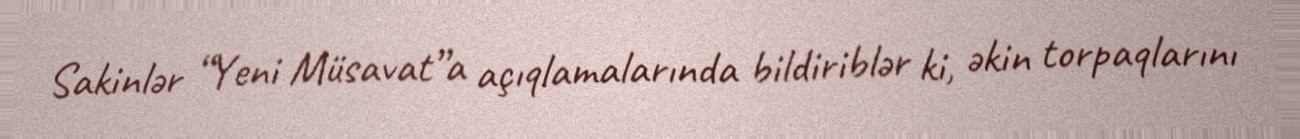
Sakinlər “Yeni Müsavat”a açıqlamalarında bildiriblər ki, əkin torpaqlarını